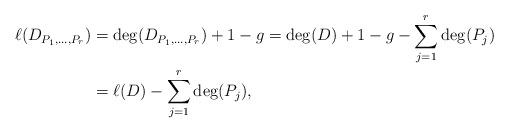
LaTeX: \begin{align*} \ell(D_{P_1, \dots, P_r})&= \deg(D_{P_1, \dots, P_r}) +1-g = \deg(D) +1-g - \sum_{j=1}^r \deg(P_j) \\ &= \ell(D) -\sum_{j=1}^r \deg(P_j), \end{align*}